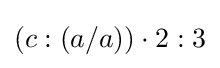
(c:(a/a))\cdot 2:3